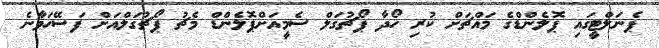
ޕެނަލްޓީގައި ޕޮލެންޑްގެ މައްޗަށް ކުރި ހޯދާ ޕޯޗުގަލް ސެމީއަށްޕޮލެންޑް މެޗު ޕޯޗުގަލްއަށް ފަސޭހަވާނެ